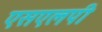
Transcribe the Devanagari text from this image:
एसएलपी